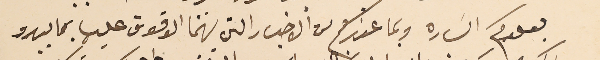
بعودكم السَاره وبما عندكم من الاخبار التي يهمنا الوقوف عليها بما يبدو